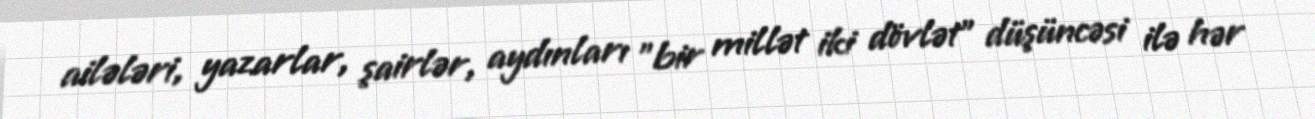
ailələri, yazarlar, şairlər, aydınları "bir millət iki dövlət" düşüncəsi ilə hər